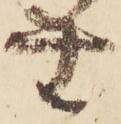
無